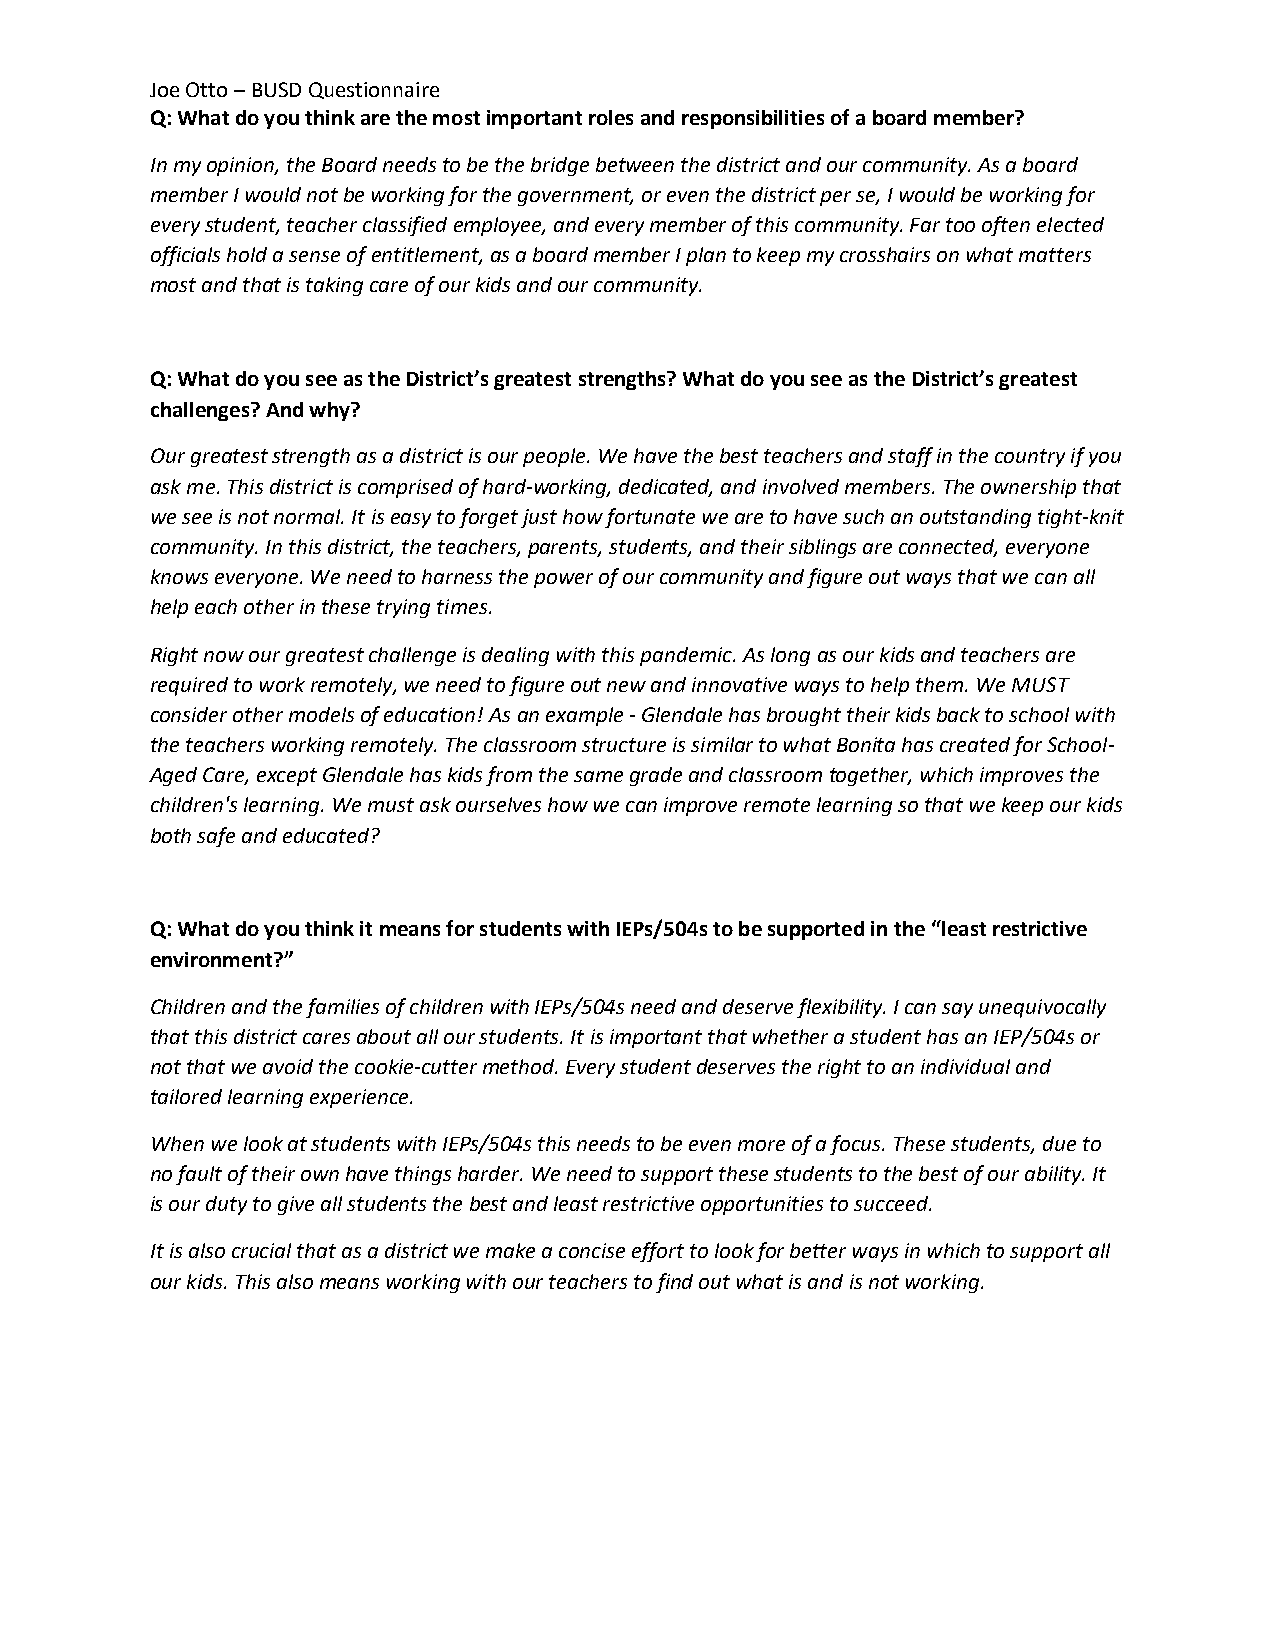
Joe Otto – BUSD Questionnaire
 Q: What do you think are the most important roles and responsibilities of a board member?
 In my opinion, the Board needs to be the bridge between the district and our community. As a board
 member I would not be working for the government, or even the district per se, I would be working for
 every student, teacher classified employee, and every member of this community. Far too often elected
 officials hold a sense of entitlement, as a board member I plan to keep my crosshairs on what matters
 most and that is taking care of our kids and our community.
 Q: What do you see as the District’s greatest strengths? What do you see as the District’s greatest
 challenges? And why?
 Our greatest strength as a district is our people. We have the best teachers and staff in the country if you
 ask me. This district is comprised of hard-working, dedicated, and involved members. The ownership that
 we see is not normal. It is easy to forget just how fortunate we are to have such an outstanding tight-knit
 community. In this district, the teachers, parents, students, and their siblings are connected, everyone
 knows everyone. We need to harness the power of our community and figure out ways that we can all
 help each other in these trying times.
 Right now our greatest challenge is dealing with this pandemic. As long as our kids and teachers are
 required to work remotely, we need to figure out new and innovative ways to help them. We MUST
 consider other models of education! As an example - Glendale has brought their kids back to school with
 the teachers working remotely. The classroom structure is similar to what Bonita has created for School-
 Aged Care, except Glendale has kids from the same grade and classroom together, which improves the
 children's learning. We must ask ourselves how we can improve remote learning so that we keep our kids
 both safe and educated?
 Q: What do you think it means for students with IEPs/504s to be supported in the “least restrictive
 environment?”
 Children and the families of children with IEPs/504s need and deserve flexibility. I can say unequivocally
 that this district cares about all our students. It is important that whether a student has an IEP/504s or
 not that we avoid the cookie-cutter method. Every student deserves the right to an individual and
 tailored learning experience.
 When we look at students with IEPs/504s this needs to be even more of a focus. These students, due to
 no fault of their own have things harder. We need to support these students to the best of our ability. It
 is our duty to give all students the best and least restrictive opportunities to succeed.
 It is also crucial that as a district we make a concise effort to look for better ways in which to support all
 our kids. This also means working with our teachers to find out what is and is not working.